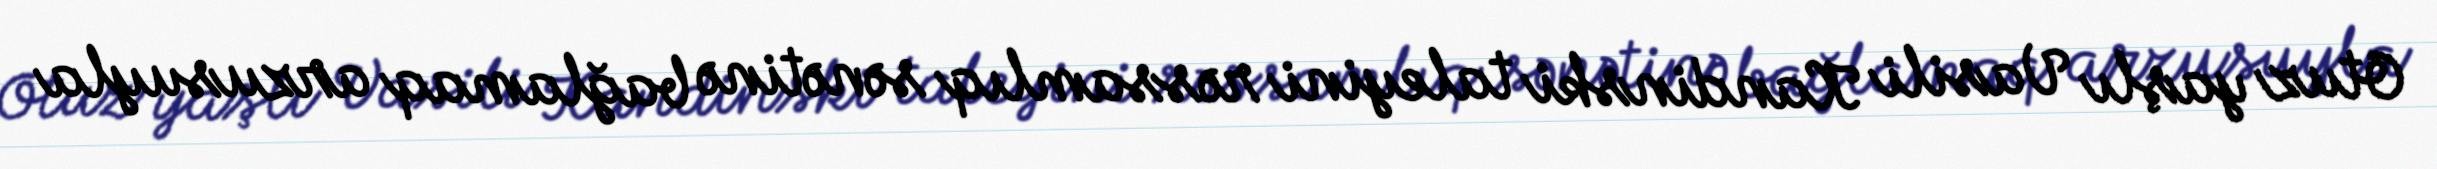
Otuz yaşlı Vasili Kandinski taleyini rəssamlıq sənətinə bağlamaq arzusuyla